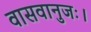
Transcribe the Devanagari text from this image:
वासवानुजः।